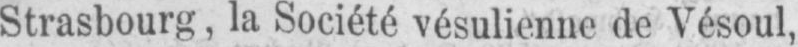
Strasbourg, la Société vésulienne de Vésoul,